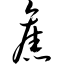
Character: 旧